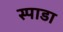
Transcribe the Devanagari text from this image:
स्पाडा